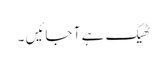
ٹھیک ہے آ جائیں ۔